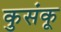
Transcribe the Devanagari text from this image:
कुसंकू